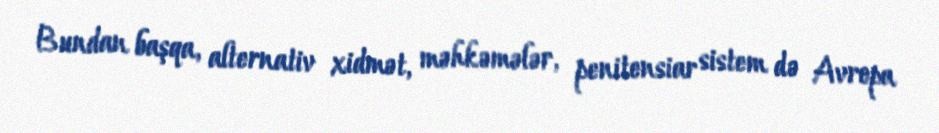
Bundan başqa, alternativ xidmət, məhkəmələr, penitensiar sistem də Avropa